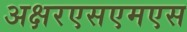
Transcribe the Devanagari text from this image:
अक्षरएसएमएस